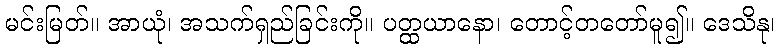
မင်းမြတ်။ အာယုံ၊ အသက်ရှည်ခြင်းကို။ ပတ္ထယာနော၊ တောင့်တတော်မူ၍။ ဒေသိနု၊